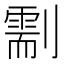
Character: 𠟺